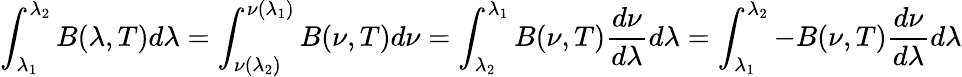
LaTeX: \int_{\lambda_{1}}^{\lambda_{2}}B(\lambda,T)d\lambda=\int_{\nu(\lambda_{2})}^{\nu(\lambda_{1})}B(\nu,T)d\nu=\int_{\lambda_{2}}^{\lambda_{1}}B(\nu,T){\frac{d\nu}{d\lambda}}d\lambda=\int_{\lambda_{1}}^{\lambda_{2}}-B(\nu,T){\frac{d\nu}{d\lambda}}d\lambda